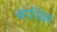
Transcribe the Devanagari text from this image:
बारिबा